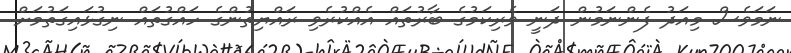
ނަމަވެސް މިއަދު ފެންނަމުން ދަނީ ވެރިކަމުގެ ބާރުތައް އެއްކުރެވި ރައްޔިތުންގެ ހައްގުތައް ނިގުޅައިގަތުމަށް